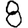
Digit: 8